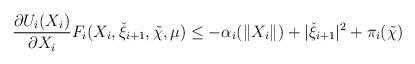
LaTeX: \begin{align*}&\frac{\partial U_{i}(X_{i})}{\partial X_{i}}F_{i}(X_{i},\check{\xi}_{i+1},\tilde{\chi},\mu)\leq-\alpha_{i}(\|X_{i}\|)+|\check{\xi}_{i+1}|^{2}+\pi_{i}(\tilde{\chi})\\\end{align*}